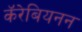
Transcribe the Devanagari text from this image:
कॅरेबियनन